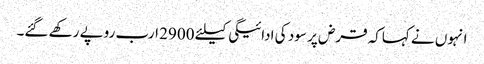
انہوں نے کہاکہ قرض پر سود کی ادائیگی کیلئے 2900 ارب روپے رکھے گئے۔